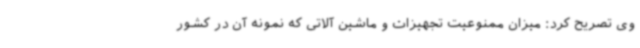
وی تصریح کرد: میزان ممنوعیت تجهیزات و ماشین آلاتی که نمونه آن در کشور